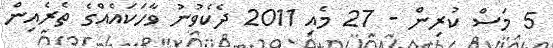
5 މަސް ކުރިން - 27 މެއި 2011 ދެކެވުނު ވާހަކައެއްގެ ތެރެއިން